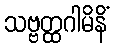
သဗ္ဗတ္ထဂါမိနိံ